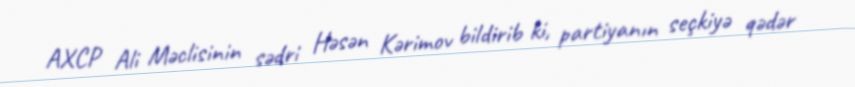
AXCP Ali Məclisinin sədri Həsən Kərimov bildirib ki, partiyanın seçkiyə qədər